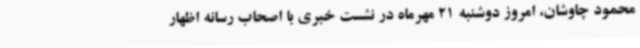
محمود چاوشان، امروز دوشنبه 21 مهرماه در نشست خبری با اصحاب رسانه اظهار